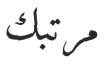
مرتبك